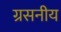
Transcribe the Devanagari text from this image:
ग्रसनीय